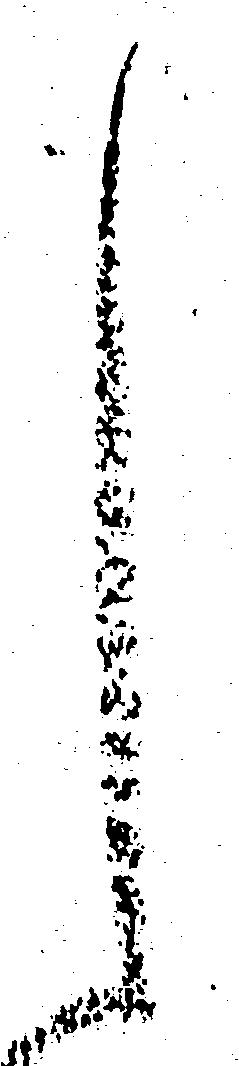
く